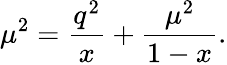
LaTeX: \mu^{2}=\frac{q^{2}}{x}+\frac{\mu^{2}}{1-x}.